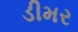
ડીમર